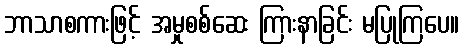
ဘာသာစကားဖြင့် အမှုစစ်ဆေး ကြားနာခြင်း မပြုကြပေ။